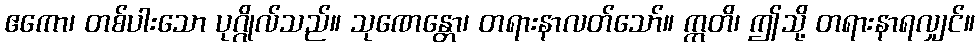
ဧကော၊ တစ်ပါးသော ပုဂ္ဂိုလ်သည်။ သုဏေန္တော၊ တရားနာလတ်သော်။ ဣတိ၊ ဤသို့ တရားနာရလျှင်။